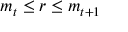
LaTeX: m _ { t } \leq r \leq m _ { t + 1 }